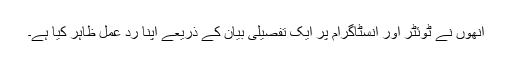
انھوں نے ٹوئٹر اور انسٹاگرام پر ایک تفصیلی بیان کے ذریعے اپنا رد عمل ظاہر کیا ہے۔